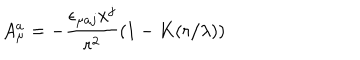
LaTeX: A _ { \mu } ^ { a } = - { \frac { \epsilon _ { \mu a j } x ^ { j } } { r ^ { 2 } } } ( 1 - K ( r / \lambda ) )